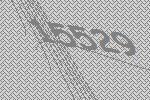
15529